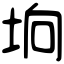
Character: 垧